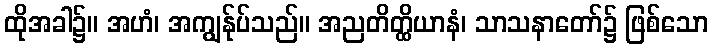
ထိုအခါ၌။ အဟံ၊ အကျွန်ုပ်သည်။ အညတိတ္ထိယာနံ၊ သာသနာတော်၌ ဖြစ်သော